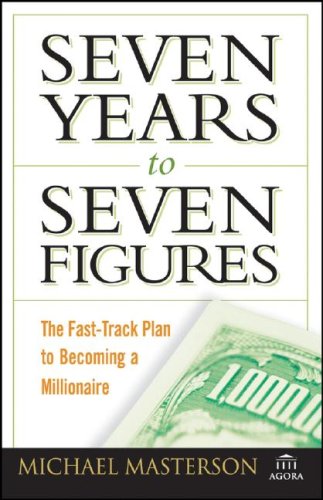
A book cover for Seven Years to Seven Figures: The Fast-Track Plan to Becoming a Millionaire; Michael Masterson; Business & Money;